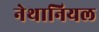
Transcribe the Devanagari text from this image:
नेथानियल